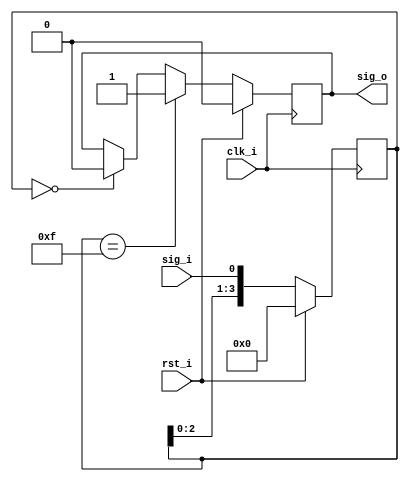
// -----------------------------------------------------------------------------
//
// Copyright 2013(c) Analog Devices, Inc.
//
// All rights reserved.
//
// Redistribution and use in source and binary forms, with or without modification,
// are permitted provided that the following conditions are met:
//  - Redistributions of source code must retain the above copyright
//    notice, this list of conditions and the following disclaimer.
//  - Redistributions in binary form must reproduce the above copyright
//    notice, this list of conditions and the following disclaimer in
//    the documentation and/or other materials provided with the
//    distribution.
//  - Neither the name of Analog Devices, Inc. nor the names of its
//    contributors may be used to endorse or promote products derived
//    from this software without specific prior written permission.
//  - The use of this software may or may not infringe the patent rights
//    of one or more patent holders.  This license does not release you
//    from the requirement that you obtain separate licenses from these
//    patent holders to use this software.
//  - Use of the software either in source or binary form, must be run
//    on or directly connected to an Analog Devices Inc. component.
//
// THIS SOFTWARE IS PROVIDED BY ANALOG DEVICES "AS IS" AND ANY EXPRESS OR IMPLIED
// WARRANTIES, INCLUDING, BUT NOT LIMITED TO, NON-INFRINGEMENT, MERCHANTABILITY
// AND FITNESS FOR A PARTICULAR PURPOSE ARE DISCLAIMED.
// IN NO EVENT SHALL ANALOG DEVICES BE LIABLE FOR ANY DIRECT, INDIRECT, INCIDENTAL,
// SPECIAL, EXEMPLARY, OR CONSEQUENTIAL DAMAGES (INCLUDING, BUT NOT LIMITED TO,
// INTELLECTUAL PROPERTY RIGHTS, PROCUREMENT OF SUBSTITUTE GOODS OR SERVICES;
// LOSS OF USE, DATA, OR PROFITS; OR BUSINESS INTERRUPTION) HOWEVER CAUSED AND
// ON ANY THEORY OF LIABILITY, WHETHER IN CONTRACT, STRICT LIABILITY, OR TORT
// (INCLUDING NEGLIGENCE OR OTHERWISE) ARISING IN ANY WAY OUT OF THE USE OF THIS
// SOFTWARE, EVEN IF ADVISED OF THE POSSIBILITY OF SUCH DAMAGE.
//
// -----------------------------------------------------------------------------
// MODULE NAME : debouncer
// AUTHOR'S EMAIL : andrei.cozma@analog.com
// -----------------------------------------------------------------------------
// KEYWORDS :
// -----------------------------------------------------------------------------
// PURPOSE : Module used for debouncing input signals
// -----------------------------------------------------------------------------
// REUSE ISSUES
// Reset Strategy      :
// Clock Domains       :
// Critical Timing     :
// Test Features       :
// Asynchronous I/F    :
// Instantiations      :
// Synthesizable (y/n) : y
// Target Device       :
// Other               :
// -----------------------------------------------------------------------------

`timescale 1ns / 1ps

module debouncer
//----------- Paramters Declarations -------------------------------------------
#(
    parameter DEBOUNCER_LEN = 4
)
//----------- Ports Declarations -----------------------------------------------
(
    input       clk_i,
    input       rst_i,
    input       sig_i,
    output reg  sig_o
);
//------------------------------------------------------------------------------
//----------- Registers Declarations -------------------------------------------
//------------------------------------------------------------------------------
reg [DEBOUNCER_LEN-1:0] shift_reg;

//------------------------------------------------------------------------------
//----------- Assign/Always Blocks ---------------------------------------------
//------------------------------------------------------------------------------
always @(posedge clk_i)
begin
    if(rst_i == 1)
    begin
        shift_reg   <= 0;
        sig_o       <= 0;
    end
    else
    begin
        shift_reg <= {shift_reg[DEBOUNCER_LEN-2:0], sig_i};
        if(shift_reg == {DEBOUNCER_LEN{1'b1}})
        begin
            sig_o <= 1'b1;
        end
        else if(shift_reg == {DEBOUNCER_LEN{1'b0}})
        begin
            sig_o <= 1'b0;
        end
    end
end

endmodule